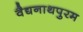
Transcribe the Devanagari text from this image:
वैद्यनाथपुरम